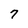
Character: 7